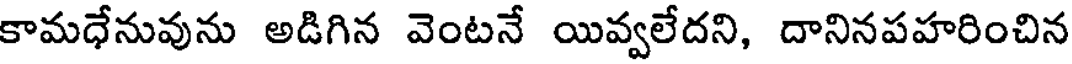
కామధేనువును అడిగిన వెంటనే యివ్వలేదని, దానినపహరించిన